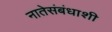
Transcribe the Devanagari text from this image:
नातेसंबंधाशी